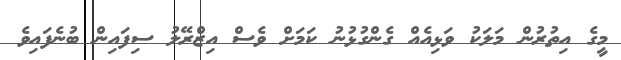
މީގެ އިތުރުން މަލަކު ވަޅިއެއް ގެންގުޅުނު ކަމަށް ވެސް އިޒްރޭލު ސިފައިން ބުނެފައިވެ